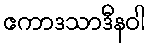
ဧကာဒသာဒီနဝါ